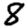
Digit: 8